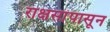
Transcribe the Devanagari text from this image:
राक्षसांपासून